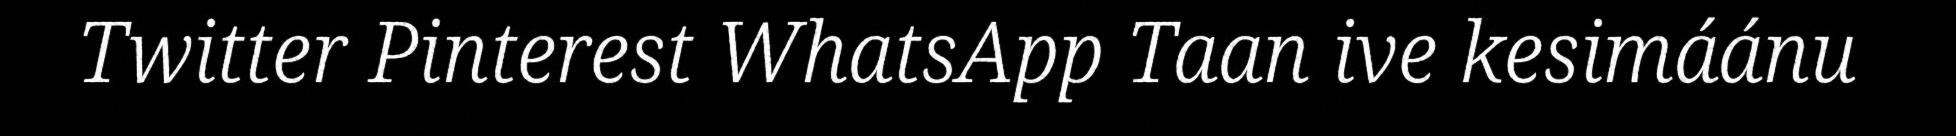
Twitter Pinterest WhatsApp Taan ive kesimáánu